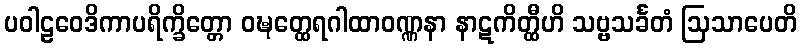
ပဝါဠဝေဒိကာပရိက္ခိတ္တော ဝဍ္ဎတ္ထေရဂါထာဝဏ္ဏနာ နာဋကိတ္ထီဟိ သဗ္ဗသင်္ခတံ ဩသာပေတိ